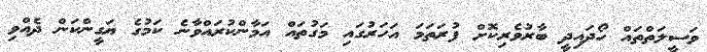
ވަސީލަތްތައް ހޯދައިދީ ބާރުވެރިކޮށް ފުރަތަމަ އަހަރުގައި މަގުތައް އަމާންކުރައްވާނެ ކަމުގެ ޔަގީންކަން ދެއްވި